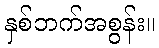
နှစ်ဘက်အစွန်း။